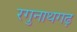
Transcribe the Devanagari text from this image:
रगुनाथगढ़